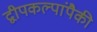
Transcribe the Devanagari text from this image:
द्वीपकल्पांपैकी